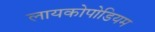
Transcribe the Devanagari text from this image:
लायकोपोडियम